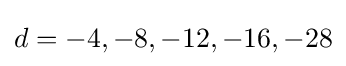
d=-4,-8,-12,-16,-28